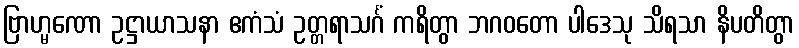
ဗြာဟ္မဏော ဥဋ္ဌာယာသနာ ဧကံသံ ဥတ္တရာသင်္ဂံ ကရိတွာ ဘဂဝတော ပါဒေသု သိရသာ နိပတိတွာ